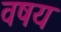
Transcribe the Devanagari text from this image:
वषय